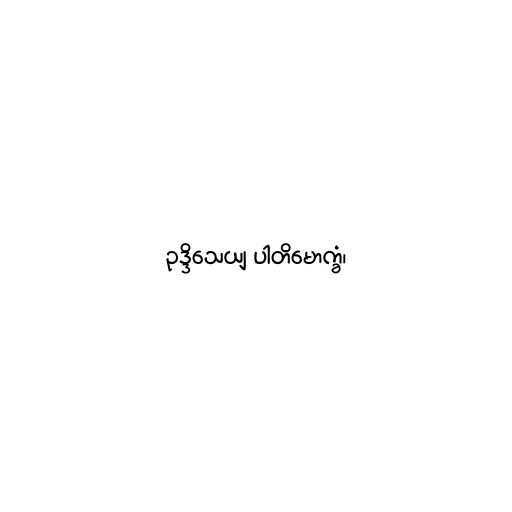
ဥဒ္ဒိသေယျ ပါတိမောက္ခံ၊